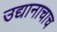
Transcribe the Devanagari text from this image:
उद्यानाचाच